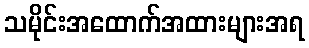
သမိုင်းအထောက်အထားများအရ